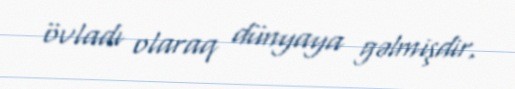
övladı olaraq dünyaya gəlmişdir.